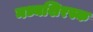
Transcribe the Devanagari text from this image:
मध्यशिरस्क